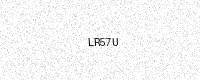
Text: LR57U